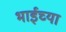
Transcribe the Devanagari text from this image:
भाईच्या